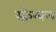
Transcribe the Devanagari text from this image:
स्क्रेम्बल